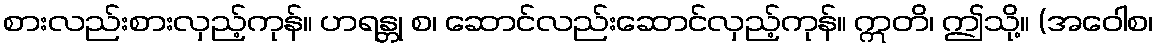
စားလည်းစားလှည့်ကုန်။ ဟရန္တု စ၊ ဆောင်လည်းဆောင်လှည့်ကုန်။ ဣတိ၊ ဤသို့။ (အဝေါစ၊